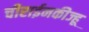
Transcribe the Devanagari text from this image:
चीराईनकीज्हू